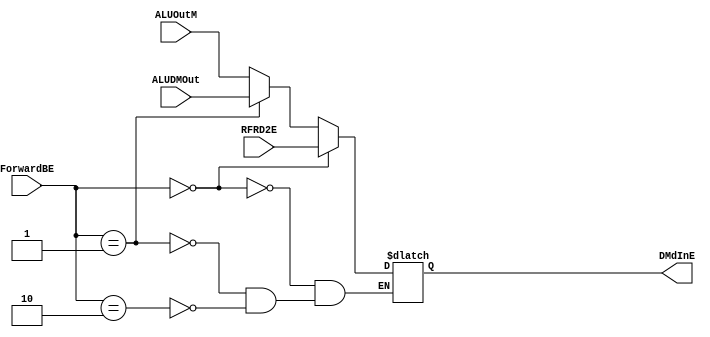
`timescale 1ns / 1ps
//////////////////////////////////////////////////////////////////////////////////
// Company: 
// Engineer: 
// 
// Design Name: 
// Module Name: BE_MUX
// Project Name: 
// Target Devices: 
// Tool Versions: 
// Description: 
// 
// Dependencies: 
// 
// Revision:
// Revision 0.01 - File Created
// Additional Comments:
// 
//////////////////////////////////////////////////////////////////////////////////


module BE_MUX(
input [1 : 0] ForwardBE,
input [31 : 0] RFRD2E,
input [31 : 0] ALUDMOut,
input [31 : 0] ALUOutM,

output reg [31 : 0] DMdInE
    );
    
    always @(*)begin
        if(ForwardBE == 2'b00)begin
            DMdInE <= RFRD2E;
        end
        
        else if(ForwardBE == 2'b01)begin
            DMdInE <= ALUDMOut;
        end
        
        else if(ForwardBE == 2'b10)begin
            DMdInE <= ALUOutM;
        end
    
    end
    
    
endmodule